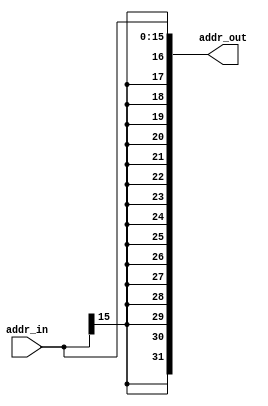
module SignExt(addr_in,addr_out);
input [15:0] addr_in;
output [31:0] addr_out;

assign addr_out = {{16{addr_in[15]}},addr_in};

endmodule